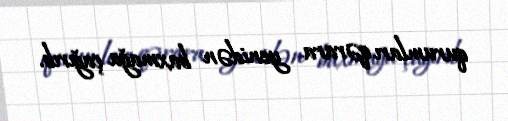
qurumları qərara yenidən baxmağa çağırıb.